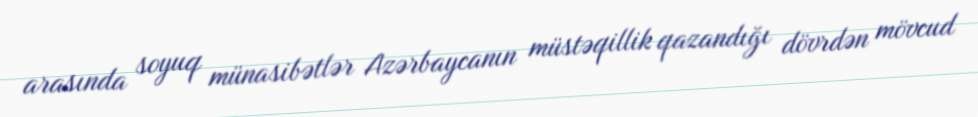
arasında soyuq münasibətlər Azərbaycanın müstəqillik qazandığı dövrdən mövcud